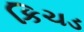
કિચડ